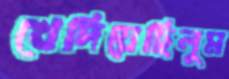
খেদিয়েছিলুম